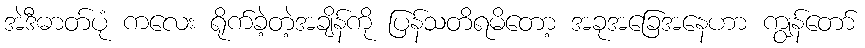
အဲဒီဓာတ်ပုံ ကလေး ရိုက်ခဲ့တဲ့အချိန်ကို ပြန်သတိရမိတော့ အခုအခြေအနေဟာ ကျွန်တော်